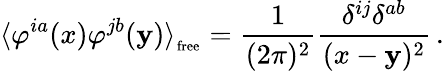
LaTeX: \langle\varphi^{ia}(x)\varphi^{jb}(\mathbf{y})\rangle_{_{\mathrm{{free}}}}=\frac{{1}}{{(2\pi)^{2}}}\frac{{\delta^{ij}\delta^{ab}}}{{(x-\mathbf{y})^{2}}}\, .